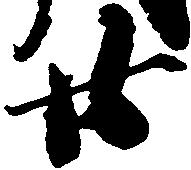
廿